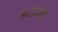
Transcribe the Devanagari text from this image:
झरनिया